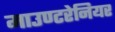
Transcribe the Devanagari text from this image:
माउण्टरेनियर